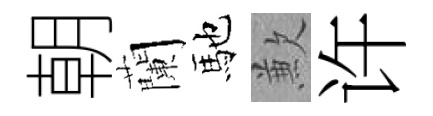
朝蘭馳歉许